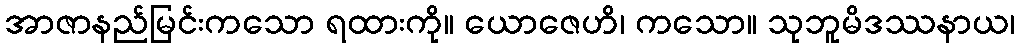
အာဇာနည်မြင်းကသော ရထားကို။ ယောဇေဟိ၊ ကသော။ သုဘူမိဒဿနာယ၊